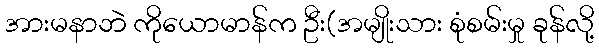
အားမနာဘဲ ကိုယောမာန်က ဦး(အမျိုးသား စုံစမ်းမှု ခုန်လို့